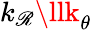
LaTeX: k_{\mathscr{R}}\llk_{\theta}